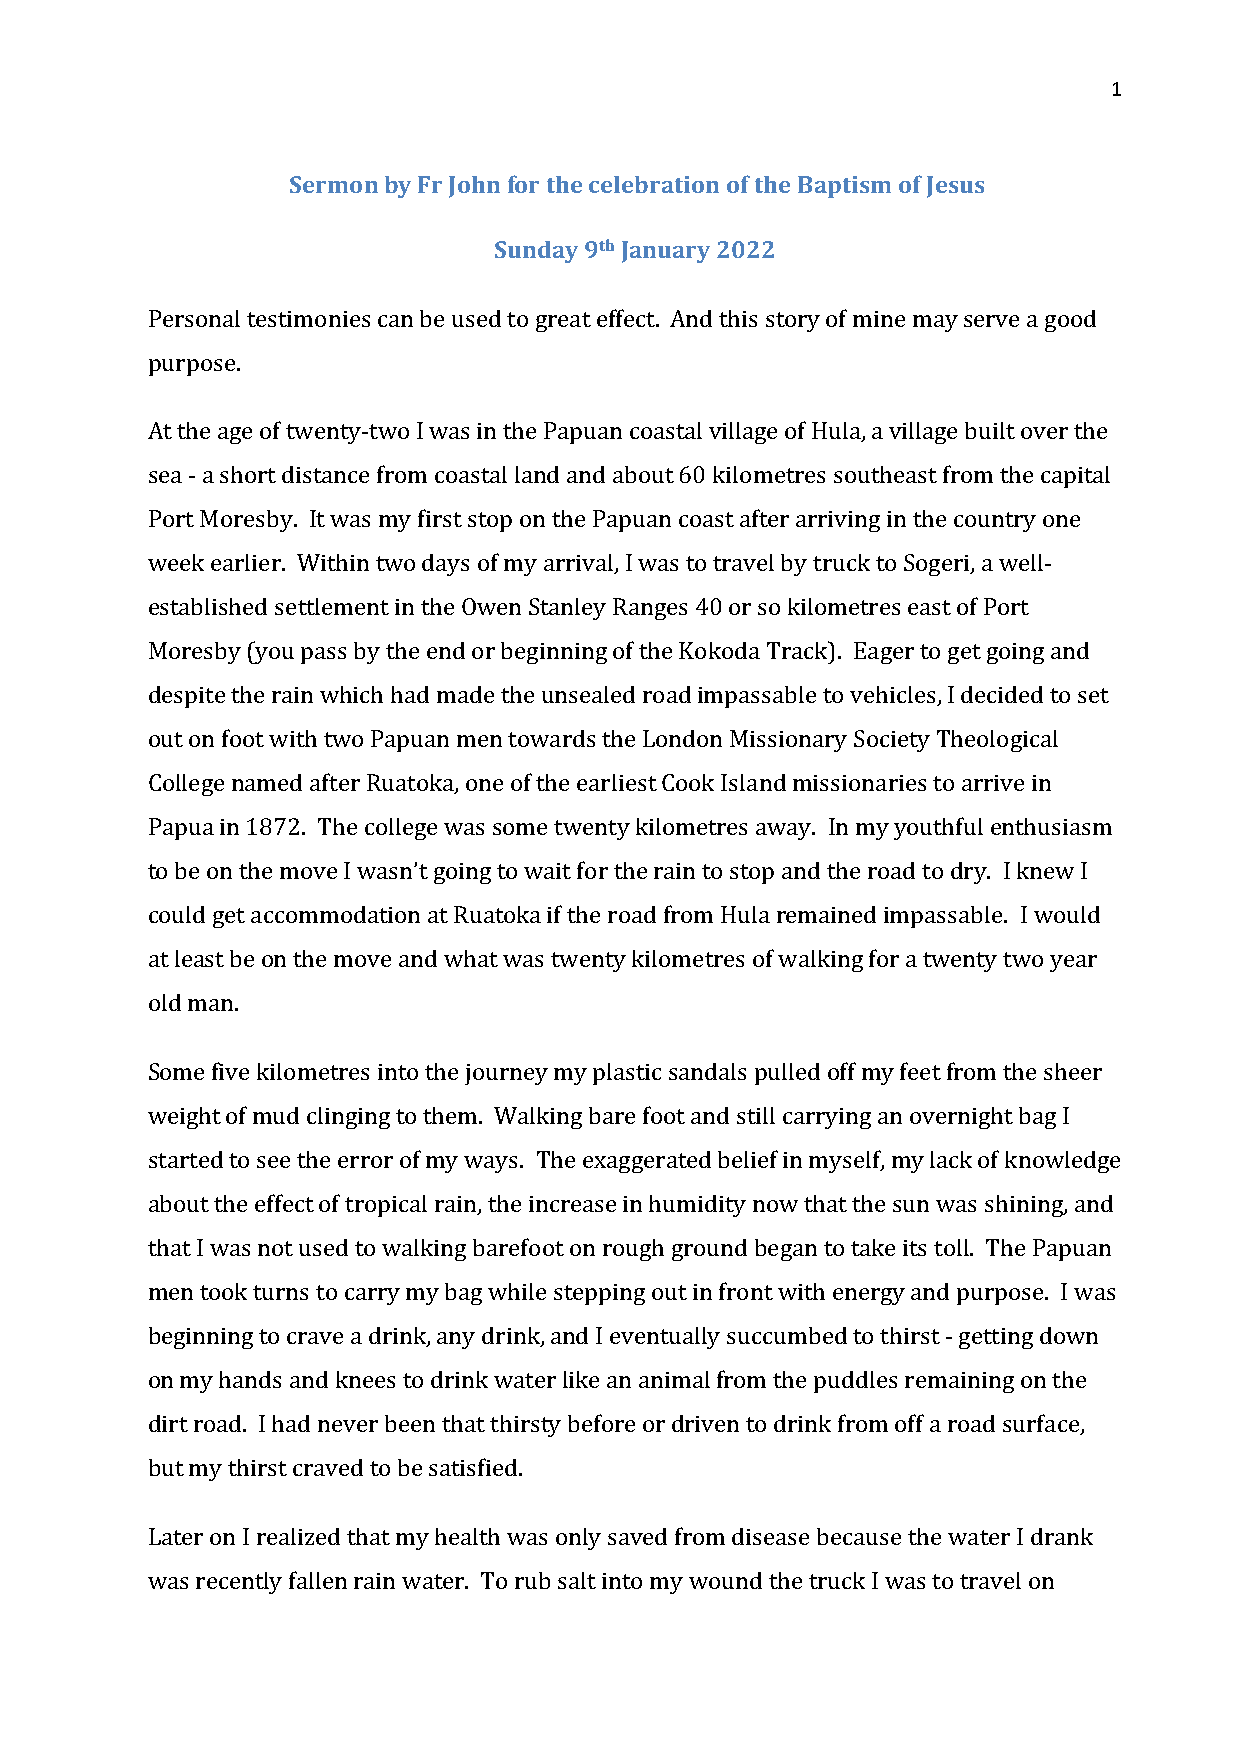
1
 Sermon by Fr John for the celebration of the Baptism of Jesus
 Sunday 9th January 2022
 Personal testimonies can be used to great effect. And this story of mine may serve a good
 purpose.
 At the age of twenty-two I was in the Papuan coastal village of Hula, a village built over the
 sea - a short distance from coastal land and about 60 kilometres southeast from the capital
 Port Moresby. It was my first stop on the Papuan coast after arriving in the country one
 week earlier. Within two days of my arrival, I was to travel by truck to Sogeri, a well-
 established settlement in the Owen Stanley Ranges 40 or so kilometres east of Port
 Moresby (you pass by the end or beginning of the Kokoda Track). Eager to get going and
 despite the rain which had made the unsealed road impassable to vehicles, I decided to set
 out on foot with two Papuan men towards the London Missionary Society Theological
 College named after Ruatoka, one of the earliest Cook Island missionaries to arrive in
 Papua in 1872. The college was some twenty kilometres away. In my youthful enthusiasm
 to be on the move I wasn’t going to wait for the rain to stop and the road to dry. I knew I
 could get accommodation at Ruatoka if the road from Hula remained impassable. I would
 at least be on the move and what was twenty kilometres of walking for a twenty two year
 old man.
 Some five kilometres into the journey my plastic sandals pulled off my feet from the sheer
 weight of mud clinging to them. Walking bare foot and still carrying an overnight bag I
 started to see the error of my ways. The exaggerated belief in myself, my lack of knowledge
 about the effect of tropical rain, the increase in humidity now that the sun was shining, and
 that I was not used to walking barefoot on rough ground began to take its toll. The Papuan
 men took turns to carry my bag while stepping out in front with energy and purpose. I was
 beginning to crave a drink, any drink, and I eventually succumbed to thirst - getting down
 on my hands and knees to drink water like an animal from the puddles remaining on the
 dirt road. I had never been that thirsty before or driven to drink from off a road surface,
 but my thirst craved to be satisfied.
 Later on I realized that my health was only saved from disease because the water I drank
 was recently fallen rain water. To rub salt into my wound the truck I was to travel on